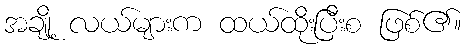
အချို့ လယ်များက ထယ်ထိုးပြီးစ ဖြစ်၏။